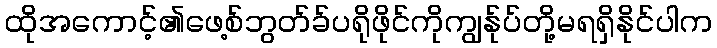
ထိုအကောင့်၏ဖေ့စ်ဘွတ်ခ်ပရိုဖိုင်ကိုကျွန်ုပ်တို့မရရှိနိုင်ပါက